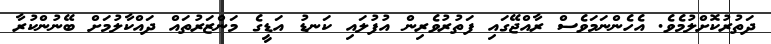
ދަތުރުކޮށްލުމެވެ. އެހެންނަމަވެސް ރާއްޖޭގައި ފަތުރުވެރިން އުފުލައި ކަނޑު އަޑީގެ މަންޒަރުތައް ދައްކާލުމަށް ބޭނުންކުރާ